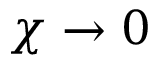
\chi \rightarrow 0